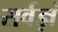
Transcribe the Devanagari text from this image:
सर्वज्ञं